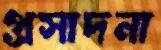
প্রসাদনা